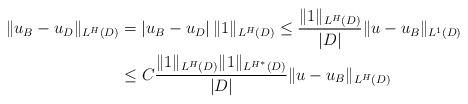
LaTeX: \begin{align*}\|u_{B}- u_D\|_{L^H(D)} &= |u_{B}- u_D|\, \|1 \|_{L^H(D)}\le\frac{\|1 \|_{L^H(D)}}{|D|} \|u-u_{B}\|_{L^1(D)}\\&\le C \frac{\|1 \|_{L^H(D)} \|1 \|_{L^{H^*}(D)}}{|D|} \|u-u_{B}\|_{L^H(D)}\end{align*}